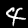
Label: 4